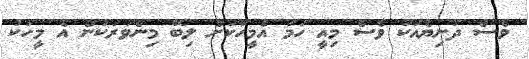
ވެސް ދުނިޔެއަކު ވެސް މިއީ ހަމަ އެމީހަކަށް ލިބޭ މިންވަރަކުން އެ މީހަކު